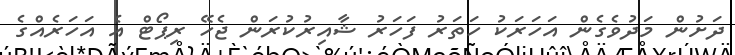
ދަށުން މަދުވެގެން އަހަރަކު ހަތަރު ފަހަރު ޝާއިރުކުރަން ޖެހޭ ރިޕޯޓް އެ އަހަރެއްގެ